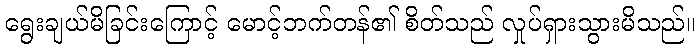
ရွေးချယ်မိခြင်းကြောင့် မောင့်ဘက်တန်၏ စိတ်သည် လှုပ်ရှားသွားမိသည်။